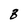
Character: 8